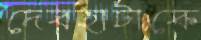
দেবহাটাকে